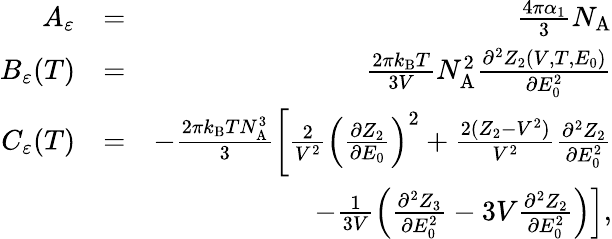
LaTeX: \begin{array}{rlr}{A_{\varepsilon}}&{=}&{\frac{4\pi\alpha_{1}}{3}N_{\mathrm{A}}}\\ {B_{\varepsilon}(T)}&{=}&{\frac{2\pi k_{\mathrm{B}}T}{3V}N_{\mathrm{A}}^{2}\frac{\partial^{2}Z_{2}(V,T,E_{0})}{\partial E_{0}^{2}}}\\ {C_{\varepsilon}(T)}&{=}&{-\frac{2\pi k_{\mathrm{B}}TN_{\mathrm{A}}^{3}}{3}\left[\frac{2}{V^{2}}\left(\frac{\partial Z_{2}}{\partial E_{0}}\right)^{2}+\frac{2(Z_{2}-V^{2})}{V^{2}}\frac{\partial^{2}Z_{2}}{\partial E_{0}^{2}}\right.}\\ &{}&{\left.-\frac{1}{3V}\left(\frac{\partial^{2}Z_{3}}{\partial E_{0}^{2}}-3V\frac{\partial^{2}Z_{2}}{\partial E_{0}^{2}}\right)\right],}\end{array}